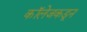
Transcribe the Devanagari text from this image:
कॉलेजकडून